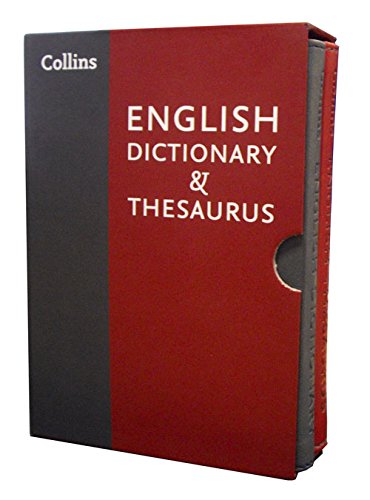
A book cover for Collins English Dictionary and Thesaurus Slipcase set; Collins UK; Reference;